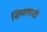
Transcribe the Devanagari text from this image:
शिमलाशी